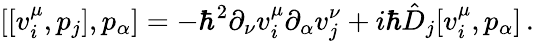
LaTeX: [[v_{i}^{\mu},p_{j}],p_{\alpha}]=-\hbar^{2}\partial_{\nu}v_{i}^{\mu}\partial_{\alpha}v_{j}^{\nu}+i\hbar\hat{D}_{j}[v_{i}^{\mu},p_{\alpha}]\, .